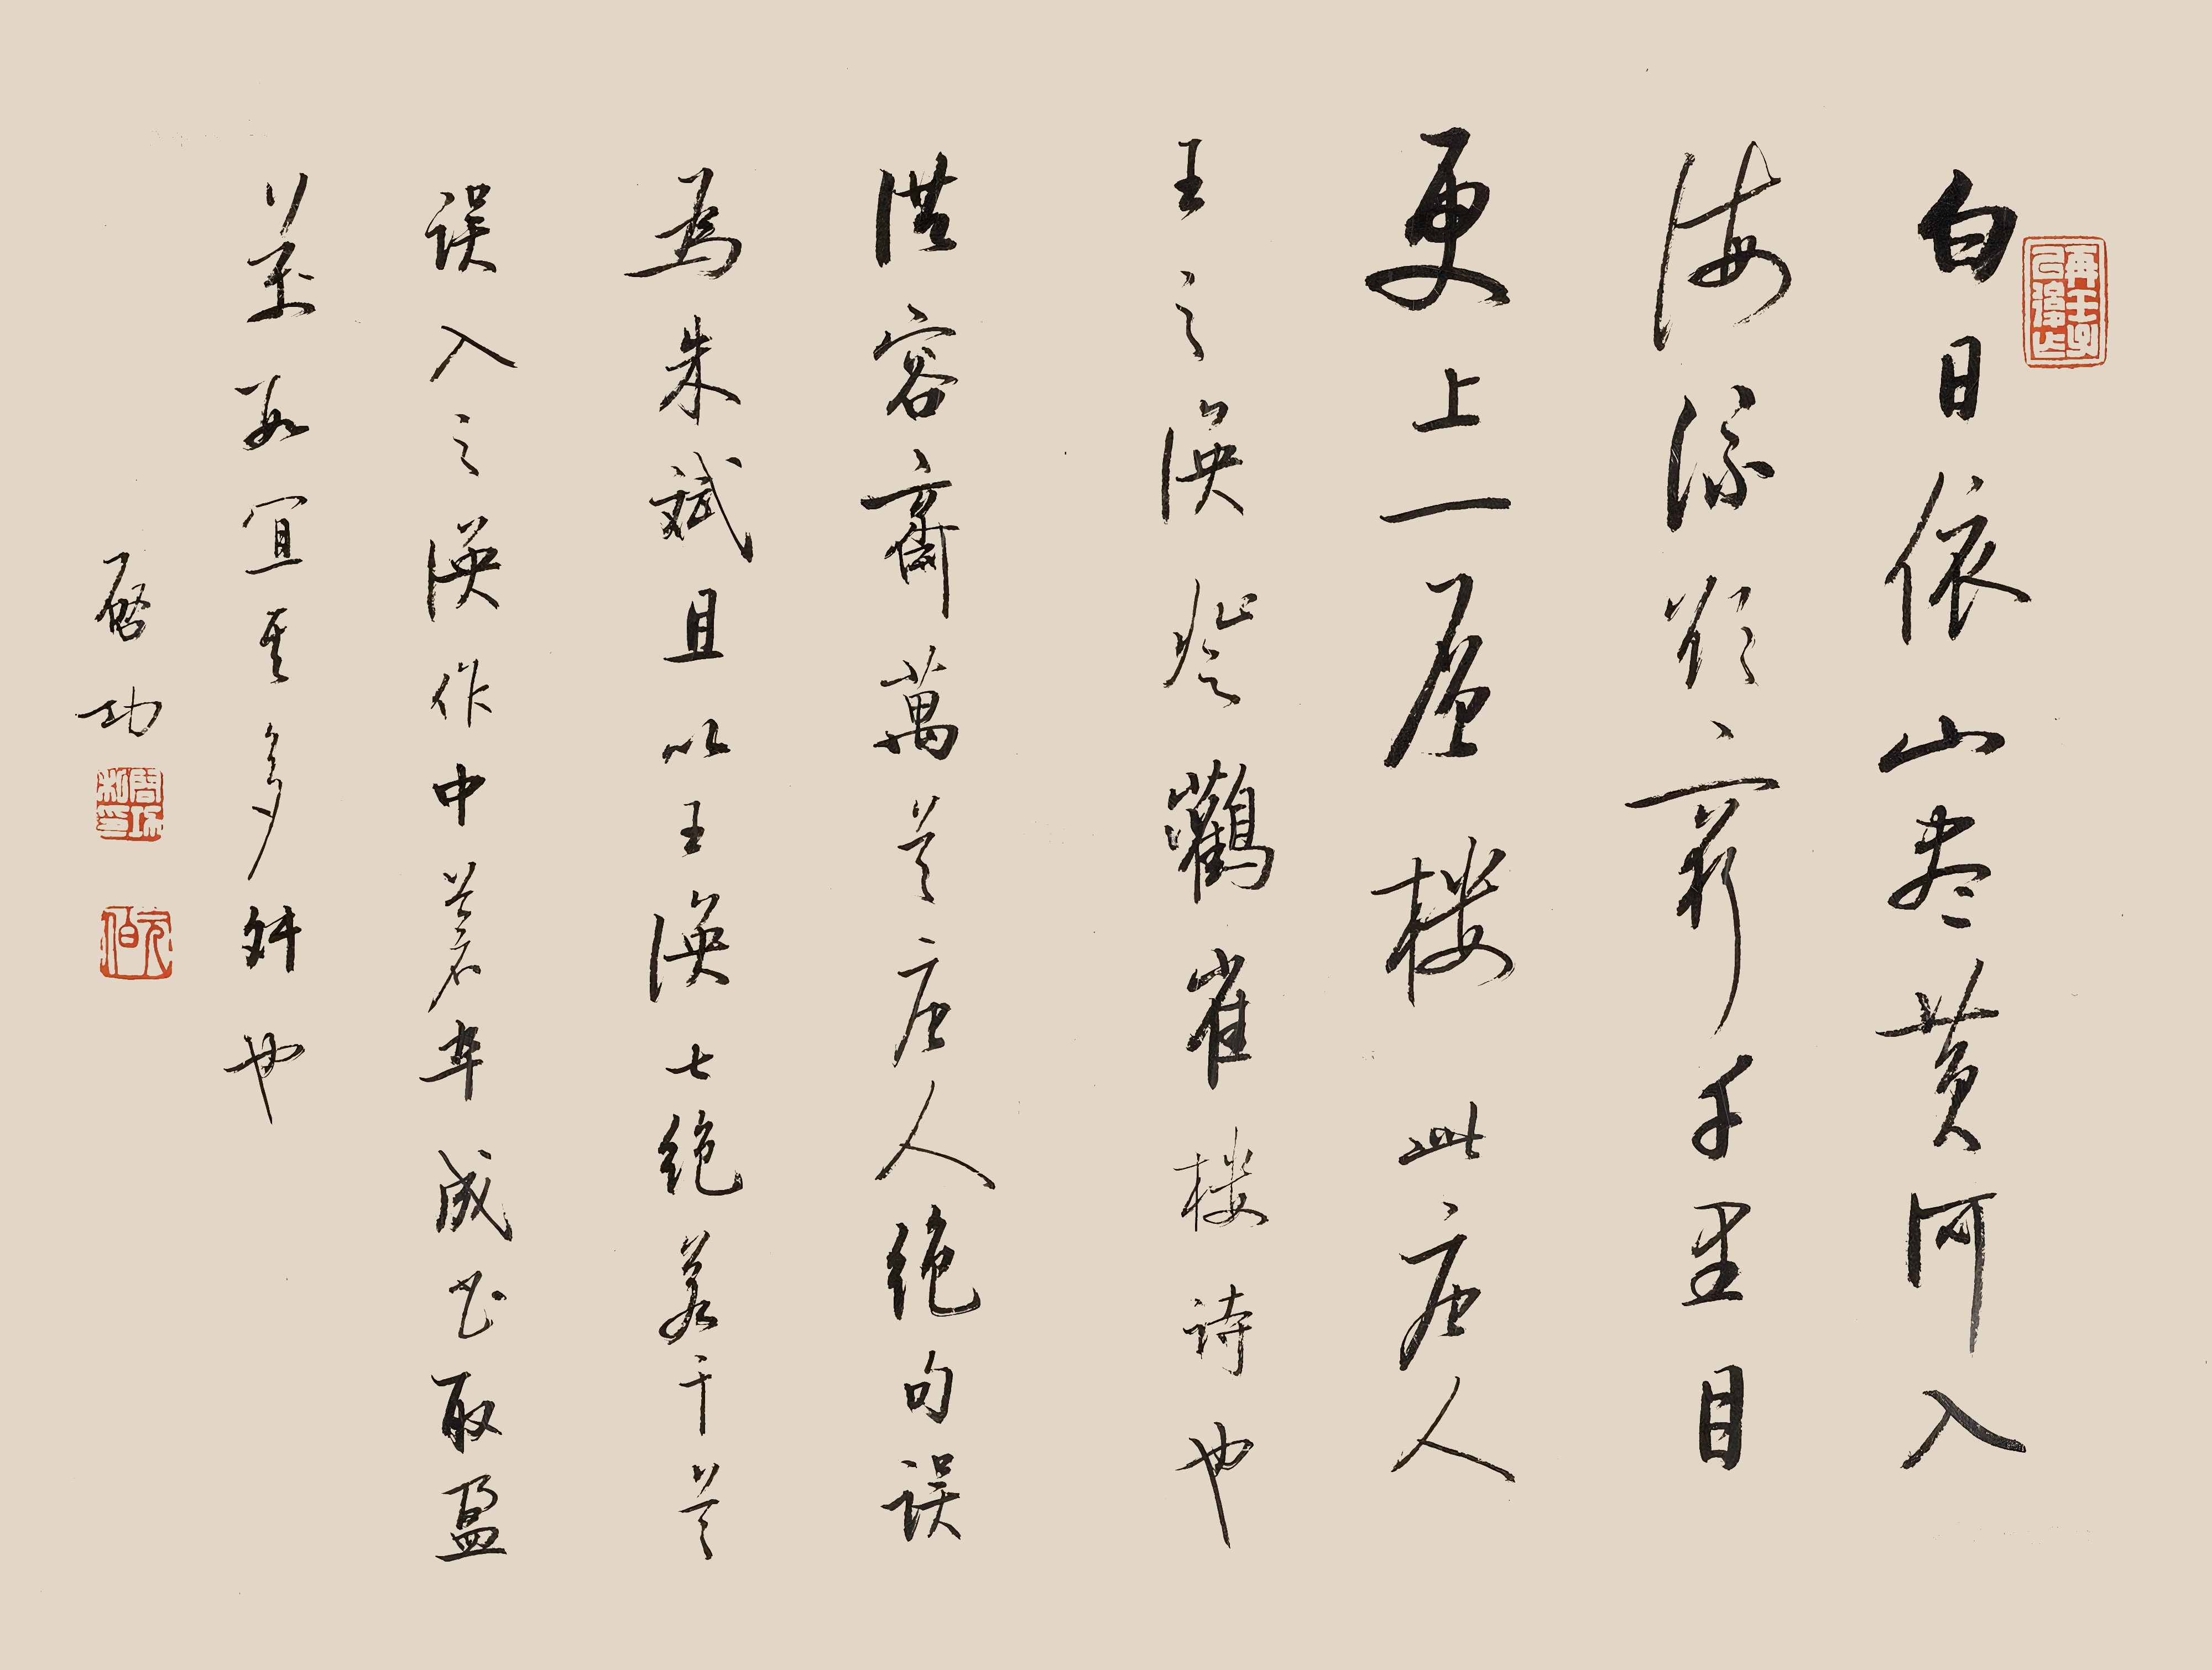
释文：白日依山尽，黄河入海流。欲穷千里目，更上一城楼。此唐人王之涣登鹳雀楼诗也，洪容斋万首唐人绝句误为朱斌，且以王涣七绝若干首误入之涣作中，苍卒成书，取盈万数，宜其多舛也。启功。